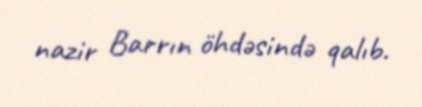
nazir Barrın öhdəsində qalıb.